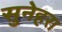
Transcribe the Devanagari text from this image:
सुनेहरा